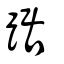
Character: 踞